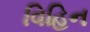
વિહિન